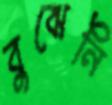
বুঝেনি